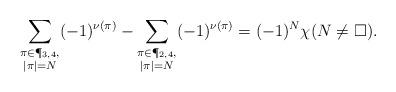
LaTeX: \begin{align*}\sum_{\substack{\pi\in\P_{3,4},\\ |\pi|=N}} (-1)^{\nu(\pi)} -\sum_{\substack{\pi\in\P_{2,4},\\ |\pi|=N}} (-1)^{\nu(\pi)} = (-1)^N \chi(N\not=\square).\end{align*}